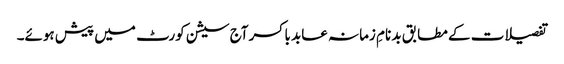
تفصیلات کے مطابق بد نامِ زمانہ عابد باکسر آج سیشن کورٹ میں پیش ہوئے۔